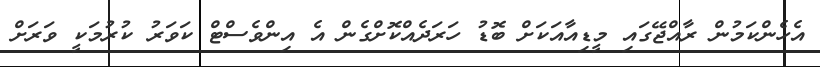
އެހެންކަމުން ރާއްޖޭގައި މީޑިއާއަކަށް ބޮޑު ހަރަދެއްކޮށްގެން އެ އިންވެސްޓް ކަވަރު ކުރުމަކީ ވަރަށް